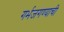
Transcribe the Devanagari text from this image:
गर्भजगण्याची